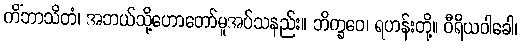
ကိံဘာသိတံ၊ အဘယ်သို့ဟောတော်မူအပ်သနည်း။ ဘိက္ခဝေ၊ ရဟန်းတို့။ ဝီရိယဝါခေါ၊